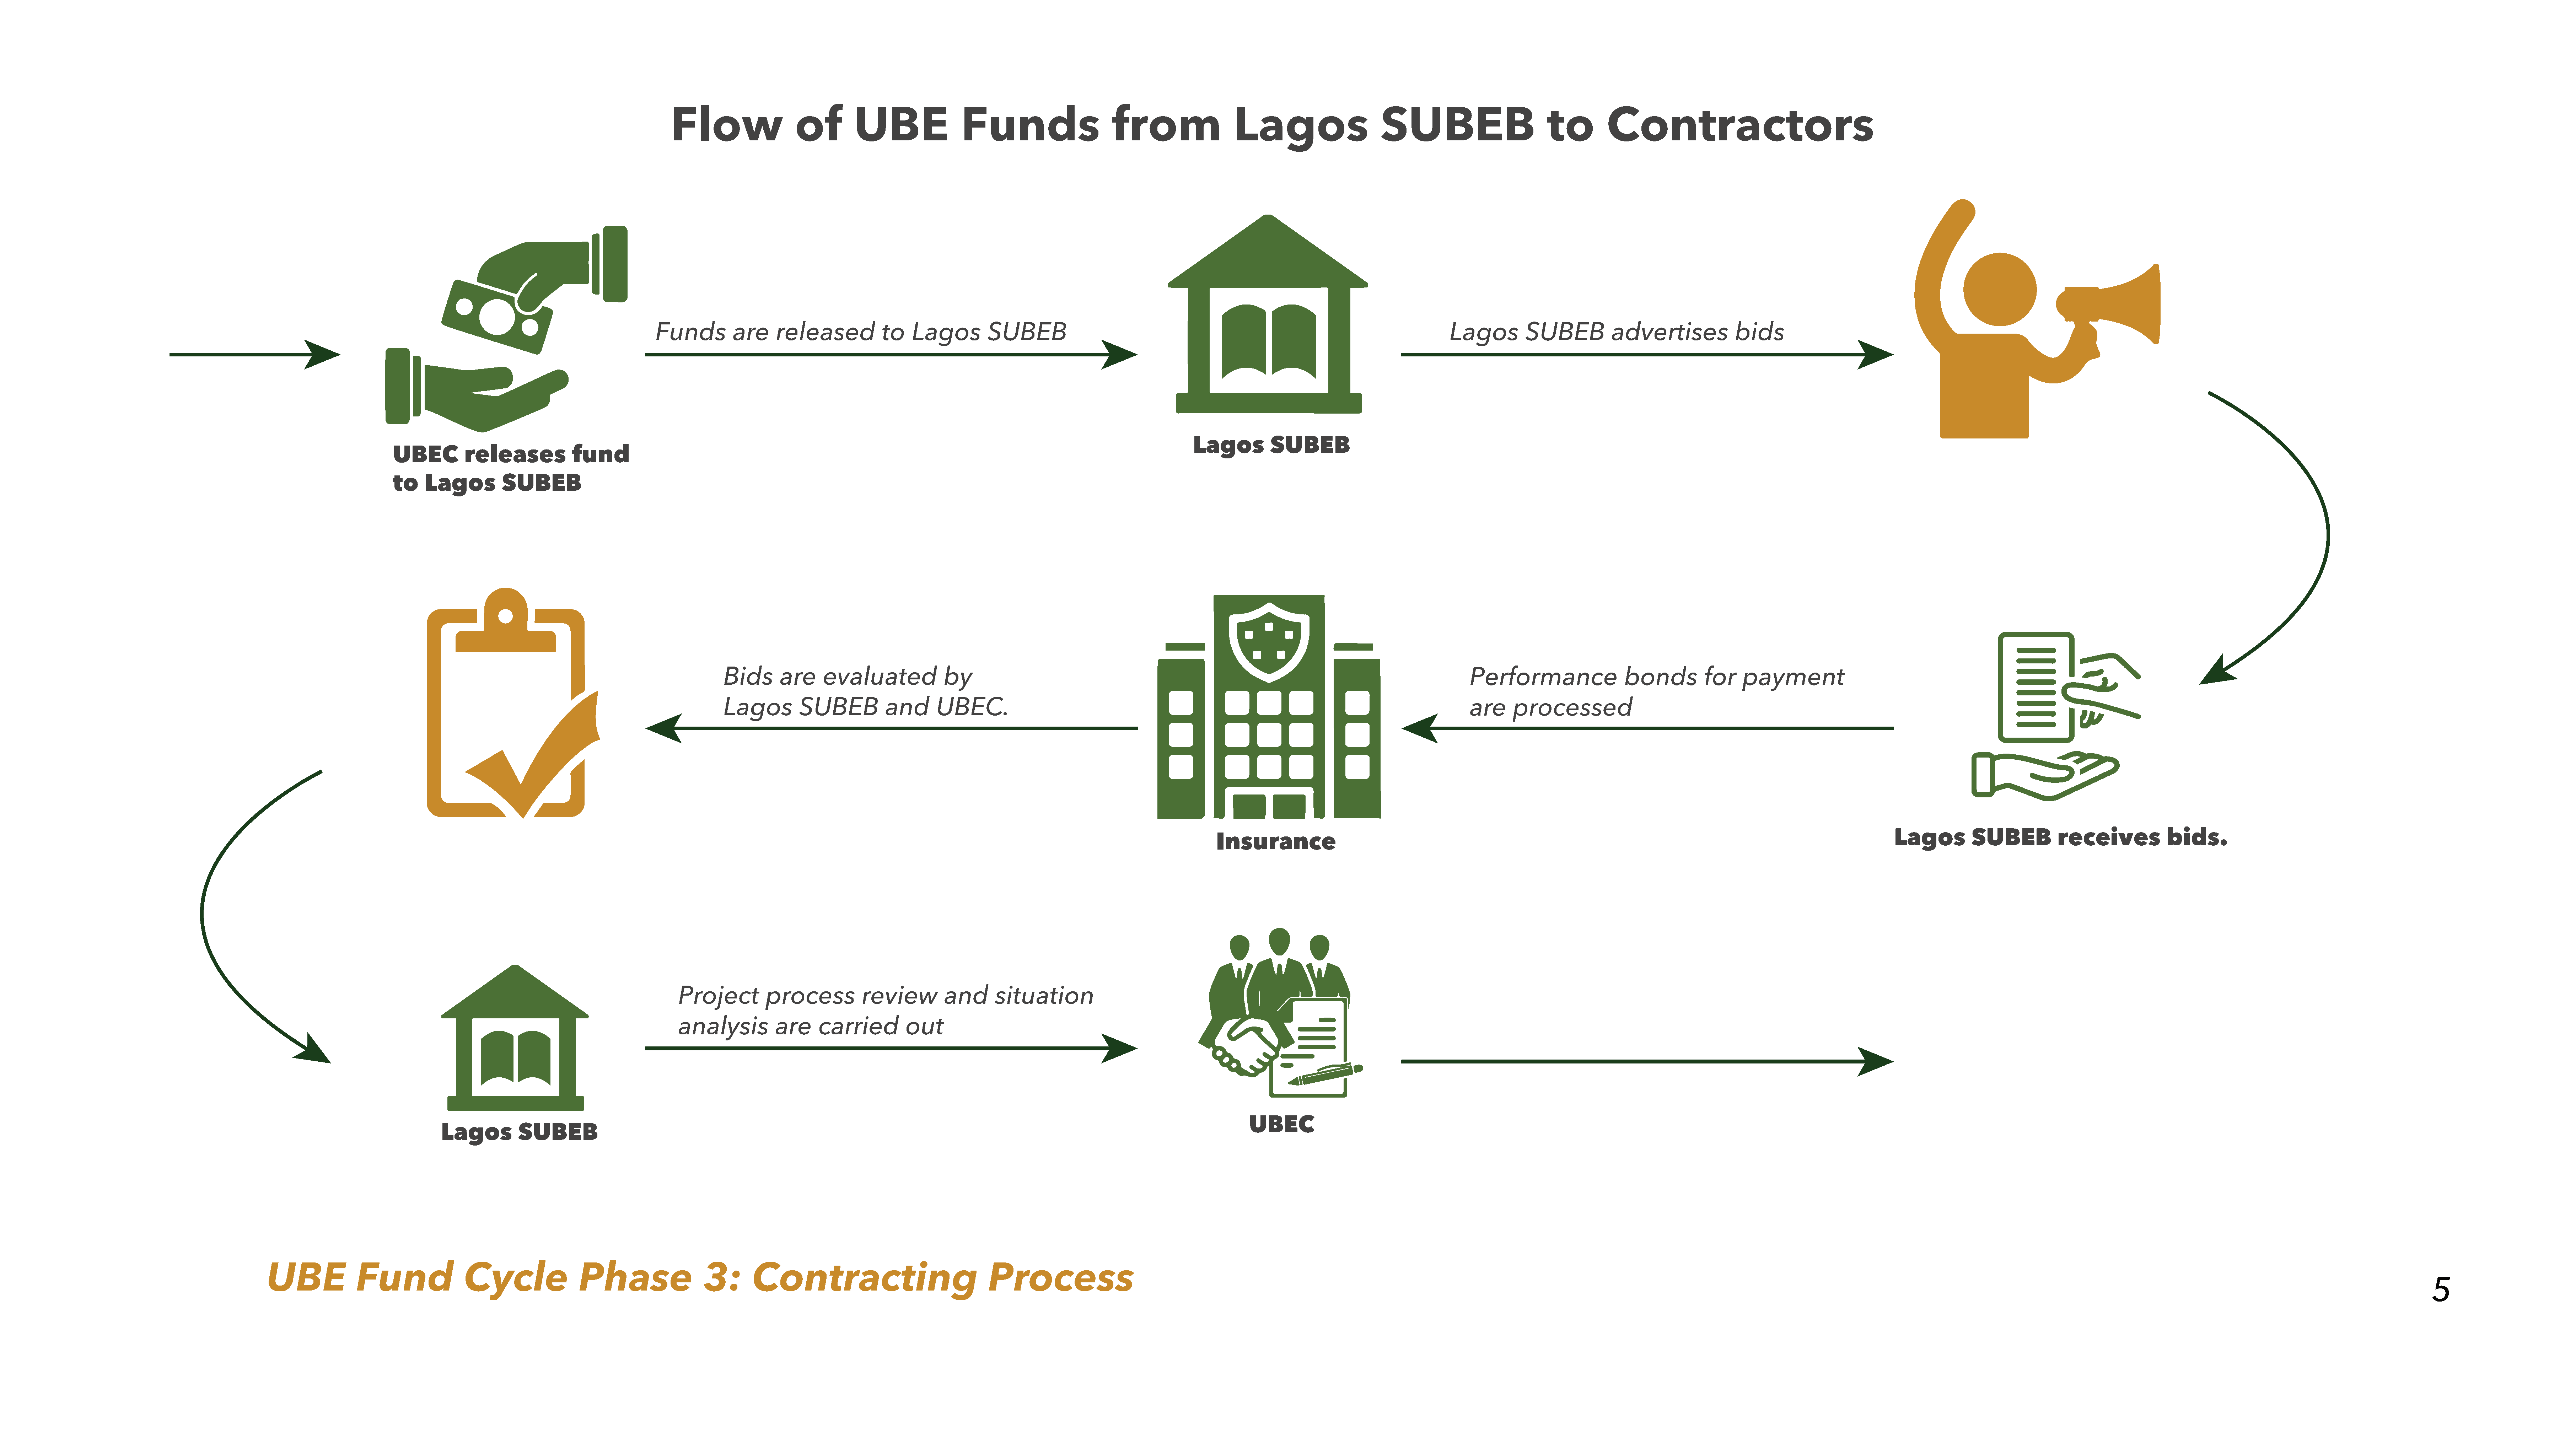
Flow                   of         UBE                 Funds                       from                   Lagos                      SUBEB                          to         Contractors
 Funds          are     released           to    Lagos         SUBEB                                                                                 Lagos         SUBEB           advertises             bids
 Lagos          SUBEB
 UBEC         releases             fund
 to    Lagos         SUBEB
 Bids      are     evaluated              by                                                                                                Performance                  bonds         for     payment
 Lagos         SUBEB           and      UBEC.                                                                                               are     processed
 Lagos         SUBEB           receives             bids.
 Insurance
 Project          process           review         and      situation
 analysis          are     carried          out
 UBEC
 Lagos          SUBEB
 UBE             Fund                Cycle                 Phase                  3:       Contracting                                 Process
 5